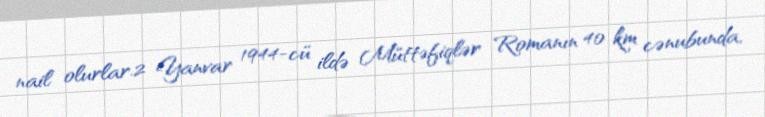
nail olurlar.2 Yanvar 1944-cü ildə Müttəfiqlər Romanın 40 km cənubunda,